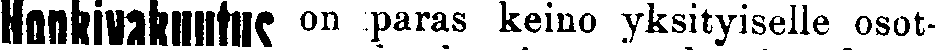
Henkiwakuutus on paras keino yksityiselle osot-